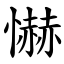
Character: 懗